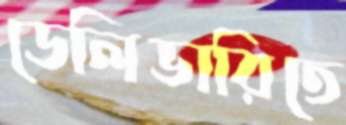
ডেলিভারিতে